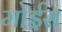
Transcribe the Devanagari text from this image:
मोईस